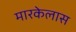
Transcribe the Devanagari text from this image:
मारकेलास